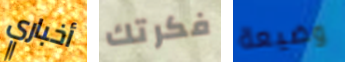
أخباري فكرتك وضيعة